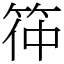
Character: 筗